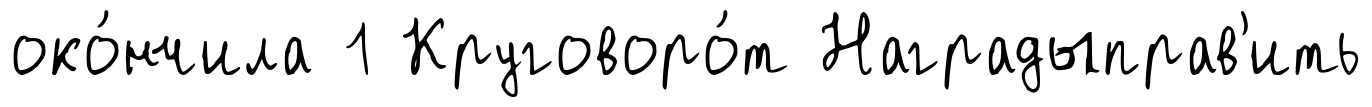
око́нчила 1 Круговоро́т Наградыправ'ить